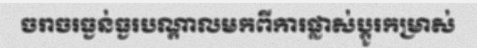
ចរាចរធ្ងន់ធ្ងរបណ្តាលមកពីការផ្លាស់ប្តូរកម្រាស់